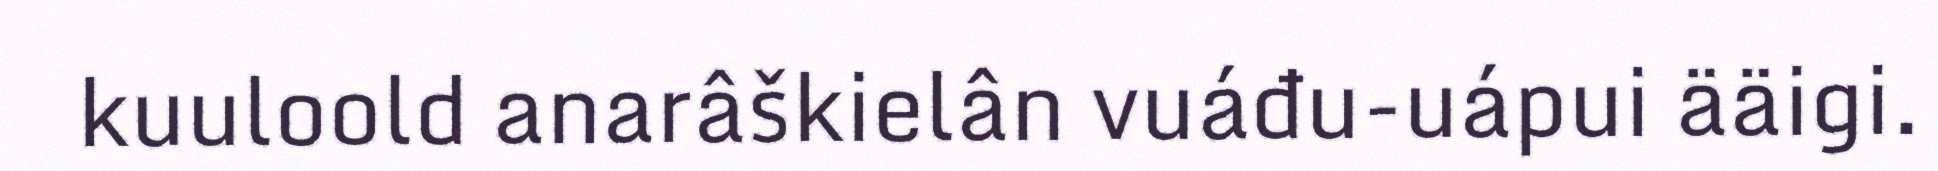
kuuloold anarâškielân vuáđu-uápui ääigi.